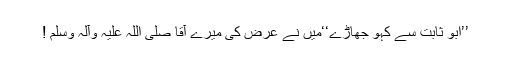
’’ابو ثابت سے کہو جھاڑے‘‘میں نے عرض کی میرے آقا صلی اللہ علیہ وآلہ وسلم !